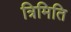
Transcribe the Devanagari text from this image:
त्रिमिति